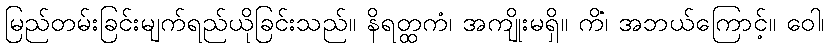
မြည်တမ်းခြင်းမျက်ရည်ယိုခြင်းသည်။ နိရတ္ထကံ၊ အကျိုးမရှိ။ ကိံ၊ အဘယ်ကြောင့်။ ဝေါ၊